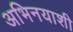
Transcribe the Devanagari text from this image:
अभिनयाशी